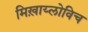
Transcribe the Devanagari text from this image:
मिख़ाय्लोविच